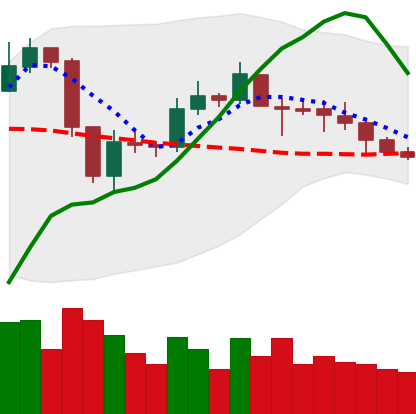
Ticker: ETC-USD
Chart end date: 2019-09-13
Forward return: 3.831%
Label: up_3_5